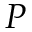
P